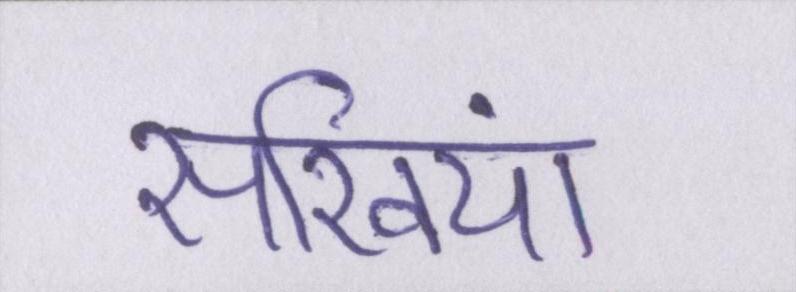
सखियां